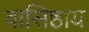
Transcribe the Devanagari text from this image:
वासिष्ठाय